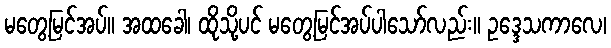
မတွေ့မြင်အပ်။ အထခေါ၊ ထိုသို့ပင် မတွေ့မြင်အပ်ပါသော်လည်း။ ဥဒ္ဒေသကာလေ၊